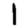
Digit: 1